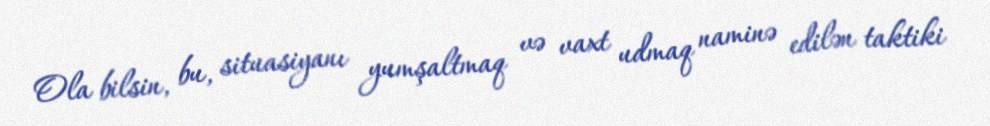
Ola bilsin, bu, situasiyanı yumşaltmaq və vaxt udmaq naminə edilən taktiki